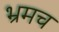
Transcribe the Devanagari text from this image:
भ्रमच